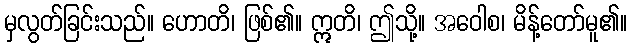
မှလွတ်ခြင်းသည်။ ဟောတိ၊ ဖြစ်၏။ ဣတိ၊ ဤသို့။ အဝေါစ၊ မိန့်တော်မူ၏။